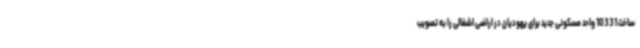
ساخت 10331 واحد مسکونی جدید برای یهودیان در اراضی اشغالی را به تصویب